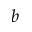
b